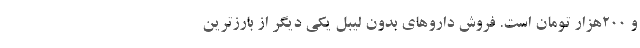
و ۲۰۰هزار تومان است. فروش داروهای بدون لیبل یکی دیگر از بارزترین